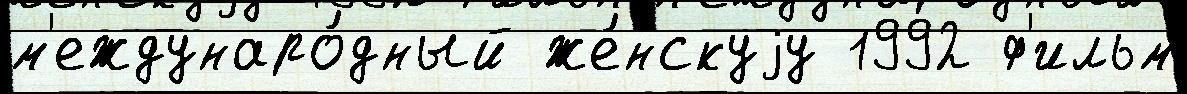
м'еждунаро́дный же́нскуjу 1992 ф'ильм